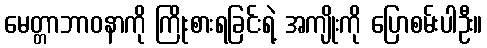
မေတ္တာဘာဝနာကို ကြိုးစားရခြင်းရဲ့ အကျိုးကို ပြောစမ်းပါဦး။